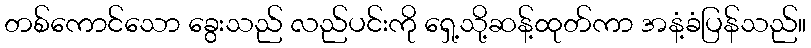
တစ်ကောင်သော ခွေးသည် လည်ပင်းကို ရှေ့သို့ဆန့်ထုတ်ကာ အနံ့ခံပြန်သည်။